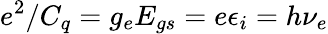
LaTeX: e^{2}/C_{q}=g_{e}E_{gs}=e\epsilon_{i}=h\nu_{e}